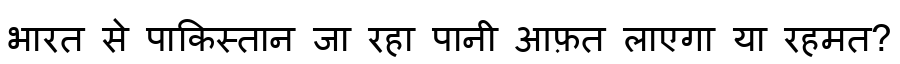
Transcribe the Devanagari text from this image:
भारत से पाकिस्तान जा रहा पानी आफ़त लाएगा या रहमत?